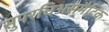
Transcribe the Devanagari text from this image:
सुपरचिअसमैटिक